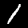
Digit: 1